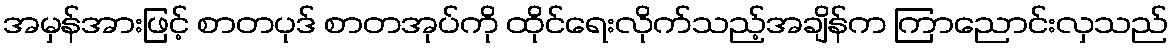
အမှန်အားဖြင့် စာတပုဒ် စာတအုပ်ကို ထိုင်ရေးလိုက်သည့်အချိန်က ကြာညောင်းလှသည်